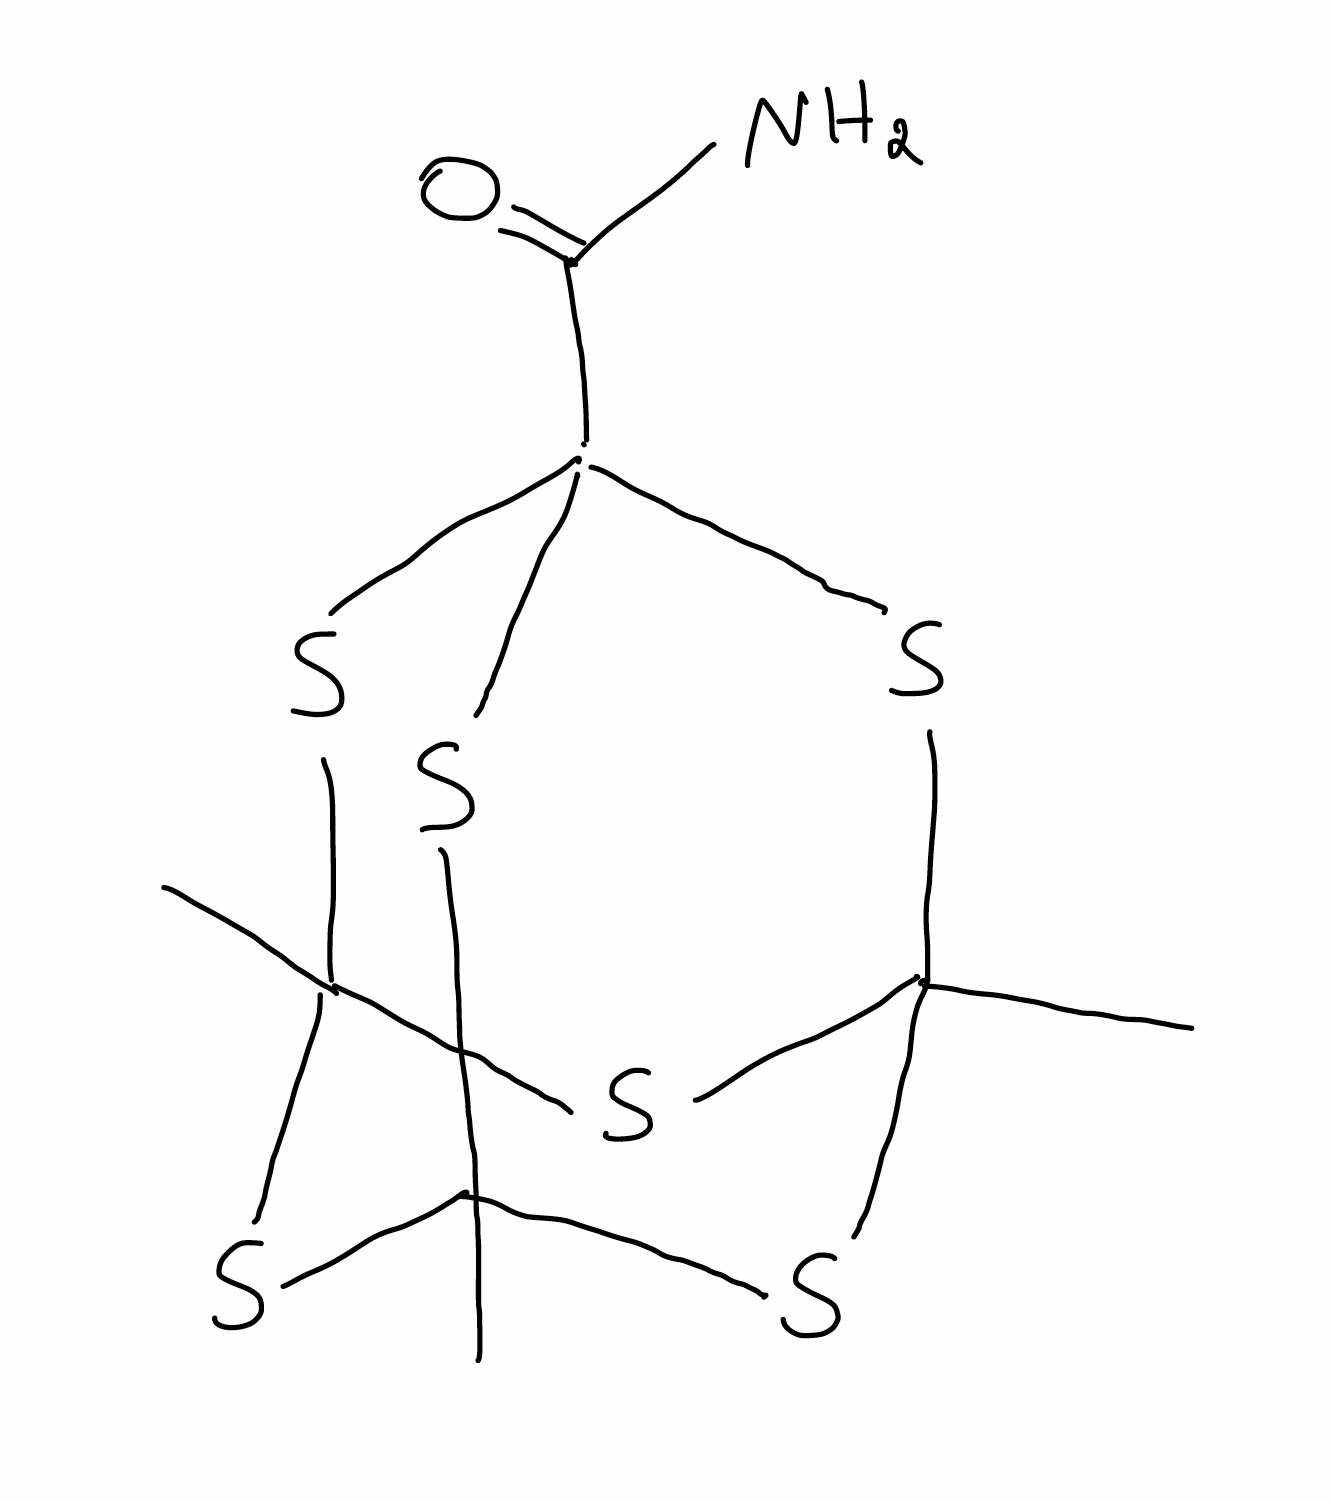
Simplified molecular-input line-entry system (SMILES) notation of the given molecule:
CC12SC3(SC(S1)(SC(S2)(S3)C(=O)N)C)C